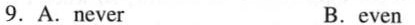
9. A.never